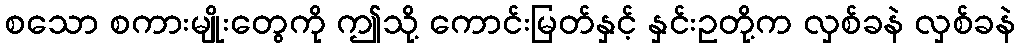
စသော စကားမျိုးတွေကို ဤသို့ ကောင်းမြတ်နှင့် နှင်းဥတို့က လှစ်ခနဲ လှစ်ခနဲ